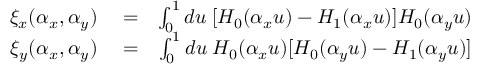
\begin{array} { r l r } { \xi _ { x } ( \alpha _ { x } , \alpha _ { y } ) } & { { } = } & { \int _ { 0 } ^ { 1 } d u \; [ H _ { 0 } ( \alpha _ { x } u ) - H _ { 1 } ( \alpha _ { x } u ) ] H _ { 0 } ( \alpha _ { y } u ) } \\ { \xi _ { y } ( \alpha _ { x } , \alpha _ { y } ) } & { { } = } & { \int _ { 0 } ^ { 1 } d u \; H _ { 0 } ( \alpha _ { x } u ) [ H _ { 0 } ( \alpha _ { y } u ) - H _ { 1 } ( \alpha _ { y } u ) ] } \end{array}